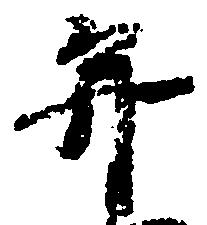
弁